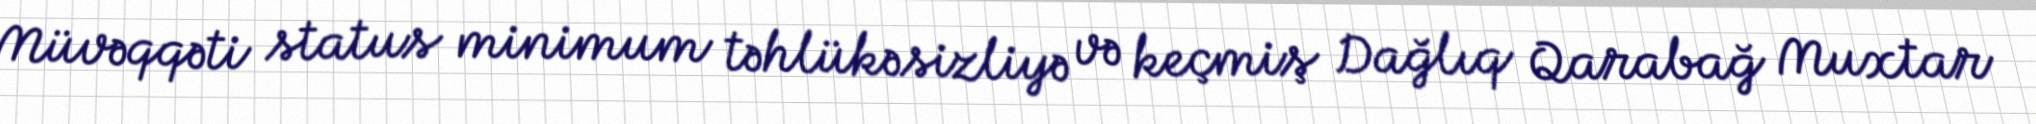
Müvəqqəti status minimum təhlükəsizliyə və keçmiş Dağlıq Qarabağ Muxtar